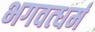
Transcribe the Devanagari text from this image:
भगवत्धर्म